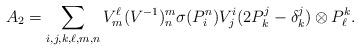
LaTeX: \begin{align*}A_2 = \sum_{i, j, k, \ell, m, n} V^\ell_m (V^{-1})^m_n \sigma(P^n_i) V^i_j (2 P^j_k - \delta^j_k) \otimes P^k_\ell.\end{align*}